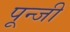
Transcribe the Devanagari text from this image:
पून्जी